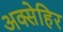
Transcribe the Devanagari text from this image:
अक्सेहिर